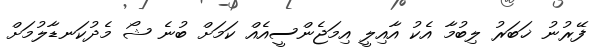
ފޭރުނު ޚަބަރު ލިބުމާ އެކު އާއިލީ އިމަޖެންސީއެއް ކަމަށް ބުނެ ޝޯ މެދުކަނޑާލުމަށް